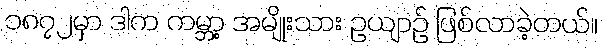
၁၈၇၂မှာ ဒါက ကမ္ဘာ့ အမျိုးသား ဥယျာဉ် ဖြစ်လာခဲ့တယ်။